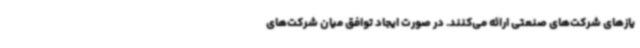
یازهای شرکت‌های صنعتی ارائه می‌کنند. در صورت ایجاد توافق میان شرکت‌های